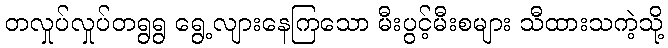
တလှုပ်လှုပ်တရွရွ ရွေ့လျားနေကြသော မီးပွင့်မီးစများ သီထားသကဲ့သို့